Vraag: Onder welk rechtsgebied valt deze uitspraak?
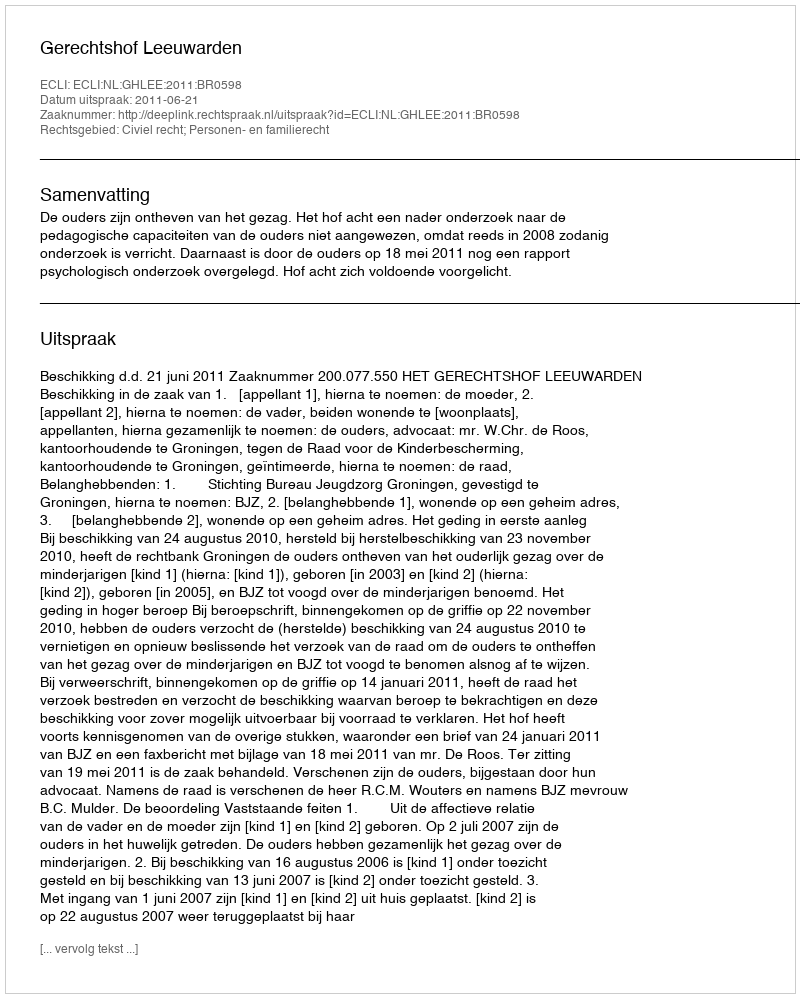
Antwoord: Civiel recht; Personen- en familierecht